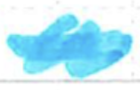
Text: a
Cross-out: single-line
Writing tool: marker